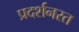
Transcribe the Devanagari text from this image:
प्रदर्शनरत